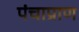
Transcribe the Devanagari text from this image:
पंचाप्राण